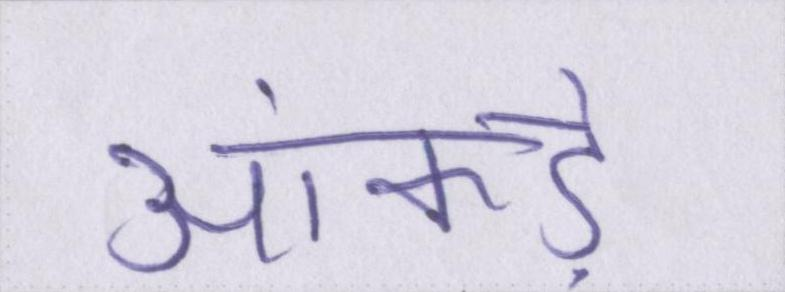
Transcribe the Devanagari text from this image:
आंकड़े